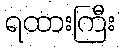
ရထားကြီး